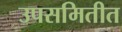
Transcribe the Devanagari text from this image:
उपसमितीत